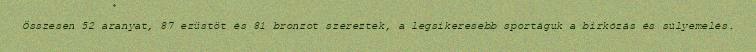
Összesen 52 aranyat, 87 ezüstöt és 81 bronzot szereztek, a legsikeresebb sportáguk a birkózás és súlyemelés.